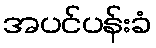
အပင်ပန်းခံ